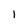
Character: l